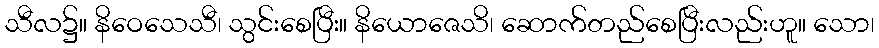
သီလ၌။ နိဝေသေသီ၊ သွင်းစေပြီး။ နိယောဇေသိ၊ ဆောက်တည်စေပြီးလည်းဟူ။ သော၊